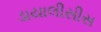
ડાયાલીસીસ